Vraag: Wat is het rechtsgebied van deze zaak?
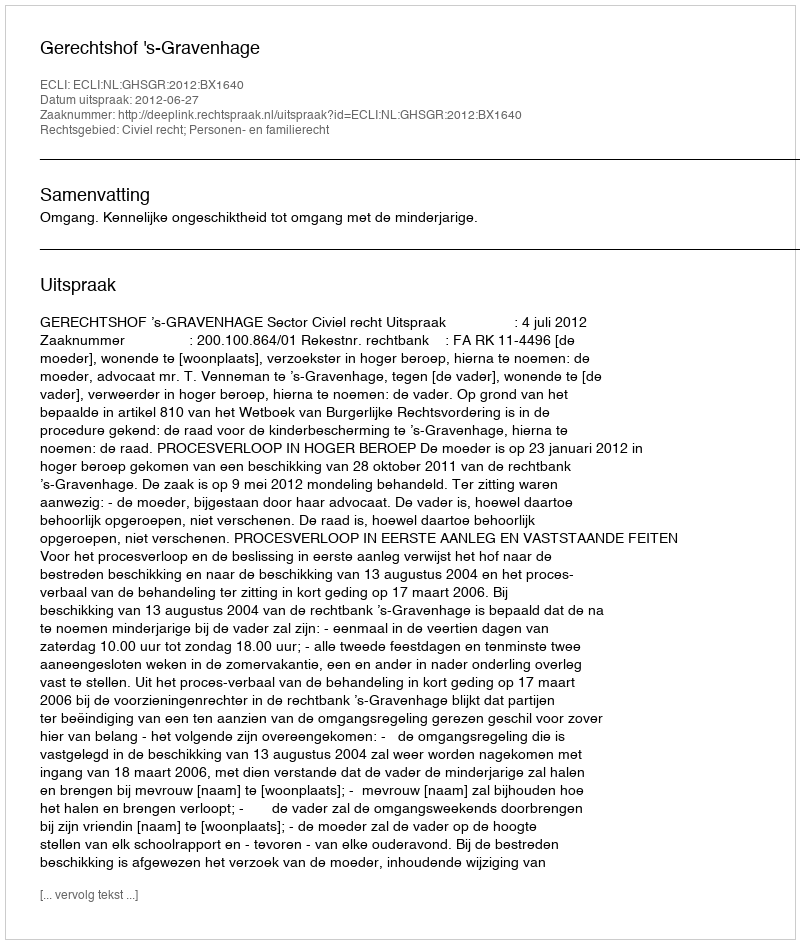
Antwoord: Civiel recht; Personen- en familierecht